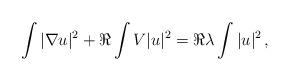
LaTeX: \begin{align*} \int |\nabla u|^2 + \Re \int V |u|^2 = \Re\lambda \int |u|^2 \,, \end{align*}